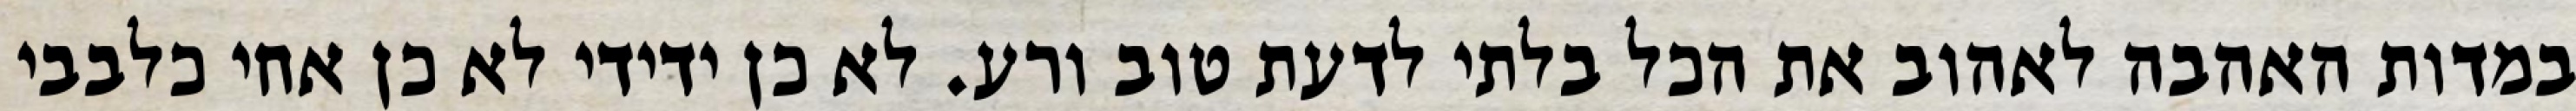
במדות האהבה לאהוב את הכל בלתי לדעת טוב ורע. לא כן ידידי לא כן אחי כלבבי